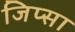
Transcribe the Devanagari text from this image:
जिप्सा